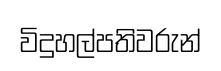
විදුහල්පතිවරුන්